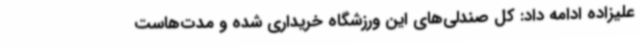
علیزاده ادامه داد: کل صندلی‌های این ورزشگاه خریداری شده و مدت‌هاست